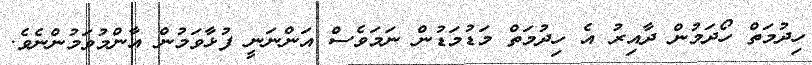
ހިދުމަތް ހޯދަމުން ދާއިރު އެ ހިދުމަތް މަޑުމަޑުން ނަމަވެސް އަންނަނީ ފުޅާވަމުން އާންމުވަމުންނެވެ.